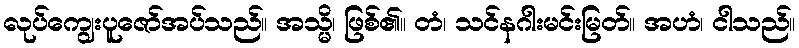
လုပ်ကျွေးပူဇော်အပ်သည်။ အသ္မိ၊ ဖြစ်၏။ တံ၊ သင်နဂါးမင်းမြတ်။ အဟံ၊ ငါသည်။